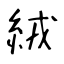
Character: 絨